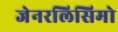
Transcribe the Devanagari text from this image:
जेनरलिसिमो